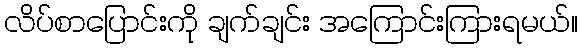
လိပ်စာပြောင်းကို ချက်ချင်း အကြောင်းကြားရမယ်။